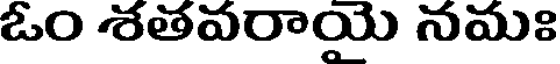
ఓం శతవరాయై నమః